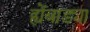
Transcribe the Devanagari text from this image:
ह्येंबाड्या